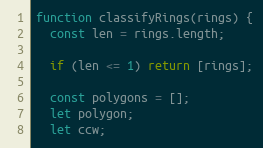
Language: JavaScript
function classifyRings(rings) {
  const len = rings.length;

  if (len <= 1) return [rings];

  const polygons = [];
  let polygon;
  let ccw;